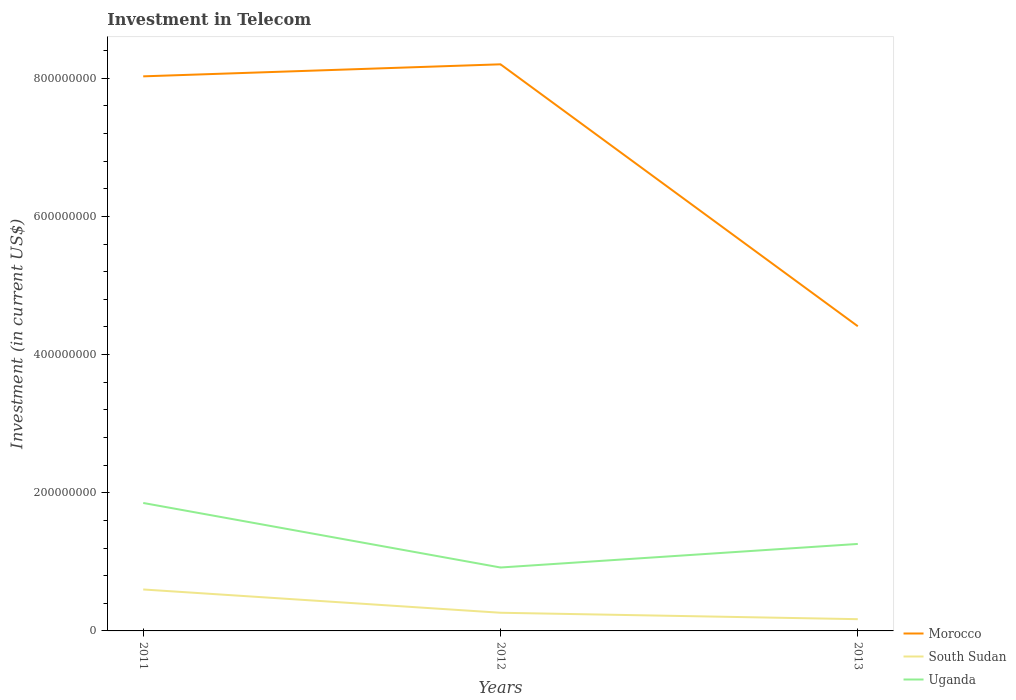
| Years | Morocco | South Sudan | Uganda |
 | --- | --- | --- | --- |
 | 2011 | 8.03e+08 | 6e+07 | 1.85e+08 |
 | 2012 | 8.2e+08 | 2.63e+07 | 9.18e+07 |
 | 2013 | 4.41e+08 | 1.7e+07 | 1.26e+08 |